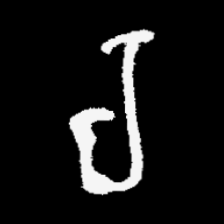
Pyu character \u2014 Myanmar letter: ရ (romanized: ra)